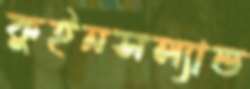
কুইনসল্যান্ড